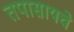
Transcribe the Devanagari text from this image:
तपासायचे